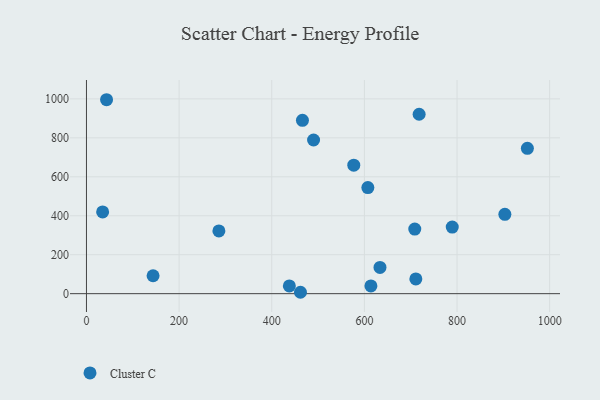
{"axis": {"x": "Price", "y": "Fuel Efficiency"}, "legend": ["Cluster C"], "data": [{"x": "43.4", "y": 995.7, "type": "Cluster C"}, {"x": "711.1", "y": 75.5, "type": "Cluster C"}, {"x": "490.3", "y": 789.0, "type": "Cluster C"}, {"x": "466.3", "y": 889.7, "type": "Cluster C"}, {"x": "438.0", "y": 39.7, "type": "Cluster C"}, {"x": "607.5", "y": 544.9, "type": "Cluster C"}, {"x": "285.9", "y": 322.3, "type": "Cluster C"}, {"x": "34.9", "y": 419.6, "type": "Cluster C"}, {"x": "951.9", "y": 746.1, "type": "Cluster C"}, {"x": "903.3", "y": 407.2, "type": "Cluster C"}, {"x": "633.7", "y": 134.5, "type": "Cluster C"}, {"x": "718.2", "y": 921.0, "type": "Cluster C"}, {"x": "708.8", "y": 331.7, "type": "Cluster C"}, {"x": "577.1", "y": 659.7, "type": "Cluster C"}, {"x": "462.0", "y": 7.1, "type": "Cluster C"}, {"x": "789.7", "y": 341.9, "type": "Cluster C"}, {"x": "143.8", "y": 92.0, "type": "Cluster C"}, {"x": "614.1", "y": 39.5, "type": "Cluster C"}]}